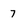
Character: 7